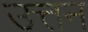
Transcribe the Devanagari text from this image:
उत्तन